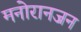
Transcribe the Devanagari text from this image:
मनोरानजन